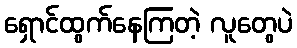
ရှောင်ထွက်နေကြတဲ့ လူတွေပဲ